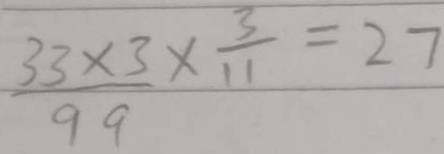
\frac { 3 3 \times 3 } { 9 9 } \times \frac { 3 } { 1 1 } = 2 7